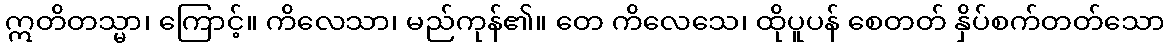
ဣတိတသ္မာ၊ ကြောင့်။ ကိလေသာ၊ မည်ကုန်၏။ တေ ကိလေသေ၊ ထိုပူပန် စေတတ် နှိပ်စက်တတ်သော